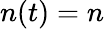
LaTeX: n(t)=n